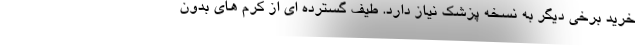
خرید برخی دیگر به نسخه پزشک نیاز دارد. طیف گسترده ای از کرم های بدون